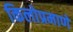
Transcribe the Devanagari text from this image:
किलोप्रमाणे